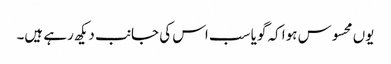
یوں محسوس ہوا کہ گویا سب اس کی جانب دیکھ رہے ہیں۔